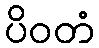
ပိဝတံ